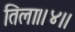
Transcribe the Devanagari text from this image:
तिला।।४।।